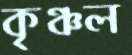
কৃঞ্চল